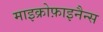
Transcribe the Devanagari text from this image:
माइक्रोफ़ाइनैन्स